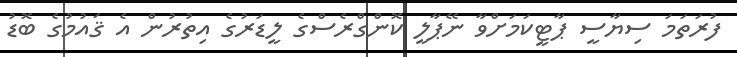
ފުރަތަމަ ސިޔާސީ ޕާޓީކަމަށްވާ ނޭޕާލީ ކޮންގްރެސްގެ ލީޑަރުގެ އިތުރުން އެ ޤައުމުގެ ބޮޑު